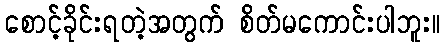
စောင့်ခိုင်းရတဲ့အတွက် စိတ်မကောင်းပါဘူး။